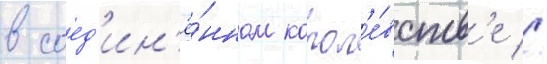
в соед'ин'ё́нном корол'е́вств'е //